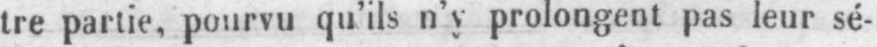
tre partie, pourvu qu’ils n’y prolongent pas leur sé-